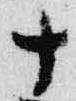
十